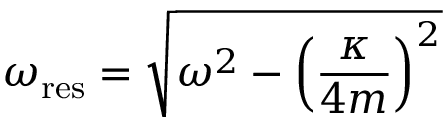
\omega _ { \mathrm { r e s } } = { \sqrt { \omega ^ { 2 } - \left( { \frac { \kappa } { 4 m } } \right) ^ { 2 } } }